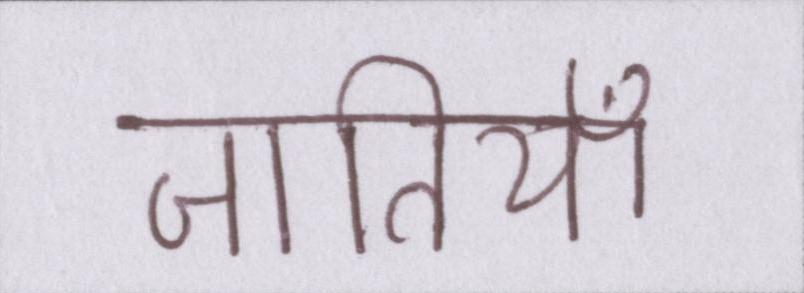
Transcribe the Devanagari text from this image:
जातियाँ